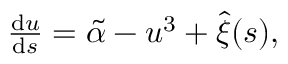
\begin{array} { r } { \frac { \mathrm { d } u } { \mathrm { d } s } = \tilde { \alpha } - u ^ { 3 } + \hat { \xi } ( s ) , } \end{array}